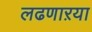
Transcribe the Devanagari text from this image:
लढणाऱया